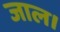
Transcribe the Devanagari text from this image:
जाल।